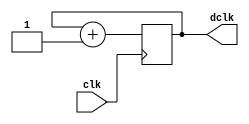
module clockdiv(
	input wire clk,		//master clock: 100MHz
	output wire dclk		//pixel clock: 50MHz
	);

//-- Numero de bits del prescaler (por defecto)
parameter N = 1; //Prescaler de 1 bit para dividir entre 2

//-- Registro para implementar contador de N bits
reg [N-1:0] count = 0;

//-- El bit ms significativo se saca por la salida
assign dclk = count[N-1];

//-- Contador: se incrementa en flanco de subida
always @(posedge clk) begin
  count <= count + 1'b1;
end

endmodule